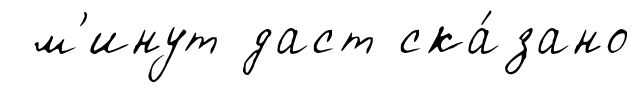
м'инут даст ска́зано